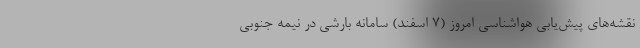
نقشه‌های پیش‌یابی هواشناسی امروز (۷ اسفند) سامانه بارشی در نیمه جنوبی